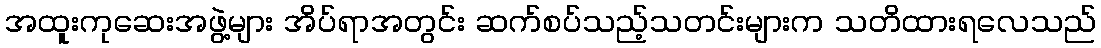
အထူးကုဆေးအဖွဲ့များ အိပ်ရာအတွင်း ဆက်စပ်သည့်သတင်းများက သတိထားရလေသည်